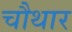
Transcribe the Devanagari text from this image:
चौथार